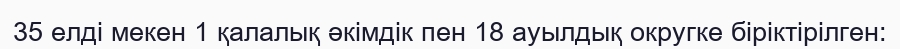
35 елді мекен 1 қалалық әкімдік пен 18 ауылдық округке біріктірілген: